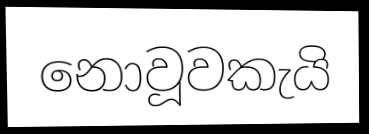
නොවූවකැයි